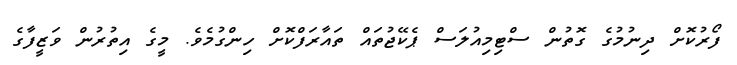
ފޯރުކޮށް ދިނުމުގެ ގޮތުން ސްޓިމިއުލަސް ޕެކޭޖުތައް ތައާރަފްކޮށް ހިންގުމެވެ. މީގެ އިތުރުން ވަޒީފާގެ